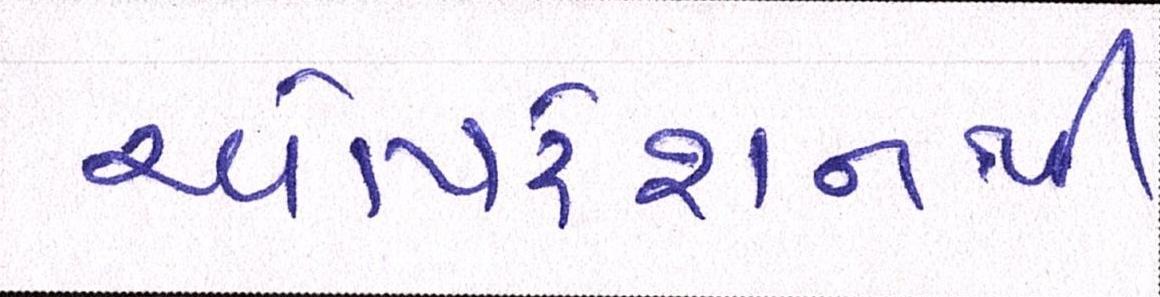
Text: ઓપરેશનથી